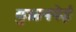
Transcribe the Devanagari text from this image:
युआनपेई